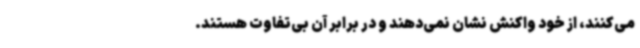
می‌کنند، از خود واکنش نشان نمی‌دهند و در برابر آن بی‌تفاوت هستند.